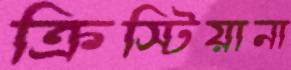
ক্রিস্টিয়ানা